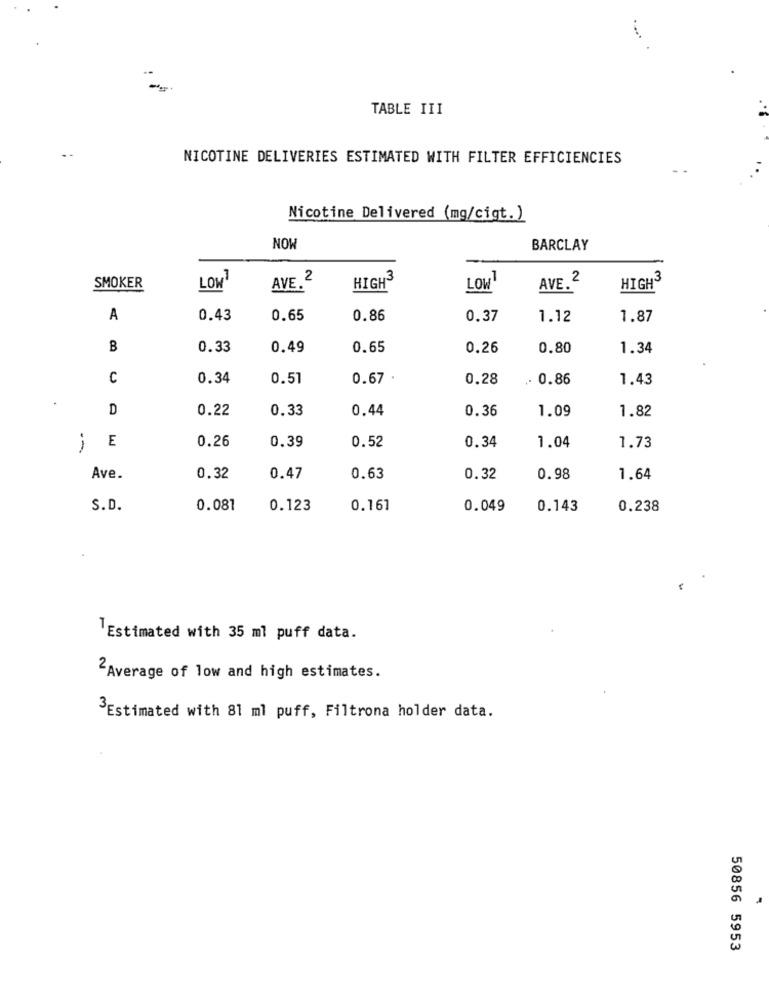
....
-
TABLE III
NICOTINE DELIVERIES ESTIMATED WITH FILTER EFFICIENCIES
Nicotine Delivered (mg/cigt. )
NOW
BARCLAY
HIGH3
HIGH3
SMOKER
LOW
AVE.2
LOW
AVE, 2
A
0.43
0.65
0.86
0.37
1.12
1.87
B
0.33
0.49
0.65
0.26
0.80
1.34
C
0.34
0.51
0.67 .
0.28
.. 0.86
1.43
D
0.22
0.33
0.44
0.36
1.09
1.82
0.52
0.34
E
0.26
0.39
1.04
1.73
Ave.
0.32
0.47
0.63
0.32
0.98
1.64
S. D.
0.081
0.123
0.161
0.049
0.143
0.238
Estimated with 35 ml puff data.
2Average of low and high estimates.
Estimated with 81 ml puff, Filtrona holder data.
50856 5953